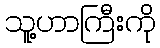
သူ့ဟာကြီးကို